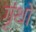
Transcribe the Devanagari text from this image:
गृंथो